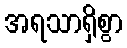
အရသာရှိစွာ